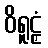
ဝိရူဠှံ